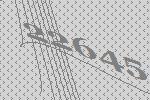
22645